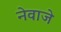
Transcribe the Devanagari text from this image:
नेवाजे